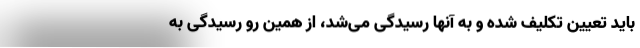
باید تعیین تکلیف شده و به آنها رسیدگی می‌شد، از همین رو رسیدگی به